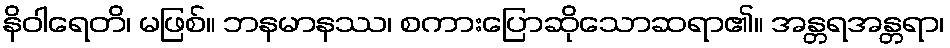
နိဝါရေတိ၊ မဖြစ်။ ဘနမာနဿ၊ စကားပြောဆိုသောဆရာ၏။ အန္တရအန္တရာ၊